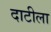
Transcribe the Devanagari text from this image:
दाटीला